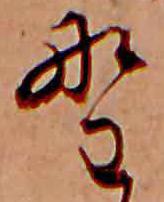
野